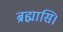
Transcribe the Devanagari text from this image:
ब्रह्मासि।